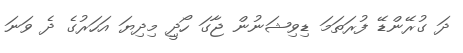
ދަ ގުރޭންޑޭ ފުރަތަމަ ޑިވިޝަނުން ޖާގަ ހޯދީި މިދިޔަ އަހަރުގެ ދެ ވަނަ